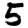
Digit: 5